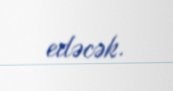
edəcək.